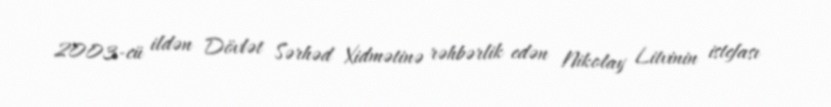
2003-cü ildən Dövlət Sərhəd Xidmətinə rəhbərlik edən Nikolay Litvinin istefası